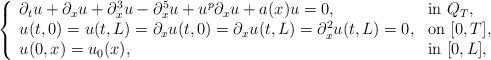
LaTeX: \begin{align*}\left\lbrace\begin{array}{llr}\partial_t u + \partial_x u +\partial^3_x u - \partial^5_x u+u^p \partial_x u +a(x)u= 0, & \mbox{in} \ Q_{T}, \\u(t,0)=u(t,L)= \partial_x u(t,0)=\partial_x u (t,L)=\partial^2_xu (t,L) = 0, & \mbox{on} \ [0,T],\\ u(0,x) = u_{0}(x), & \mbox{in} \ [0,L],\end{array}\right.\end{align*}